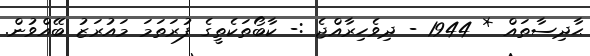
ޙާދިސާތައް * 1944 - ދިވެހިރާއްޖެ :- ކާބޯތަކެތީގެ ފުރަތަމަ މައުރަޒު ބޭއްވުން.